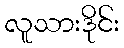
လူသားဒိုင်း